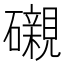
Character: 𥗒